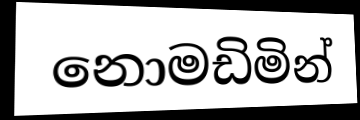
නොමඩිමින්